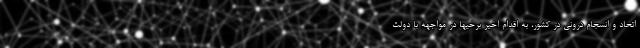
اتحاد و انسجام درونی در کشور، به اقدام اخیر برخیها در مواجهه با دولت